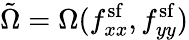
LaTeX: \tilde{\Omega}=\Omega(f_{xx}^{\mathrm{sf}},f_{yy}^{\mathrm{sf}})